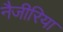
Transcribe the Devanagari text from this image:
नैजीरिया